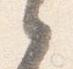
之